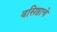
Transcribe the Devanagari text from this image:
वसिष्ठाचे